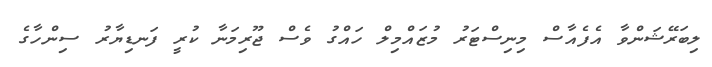
ލިބަރޭޝަންވާ އެފެއާސް މިނިސްޓަރު މުޒައްމިލް ހައްގު ވެސް ޖޫރިމަނާ ކުރީ ފަނޑިޔާރު ސިންހާގެ